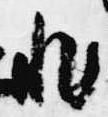
非